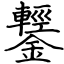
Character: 鑋